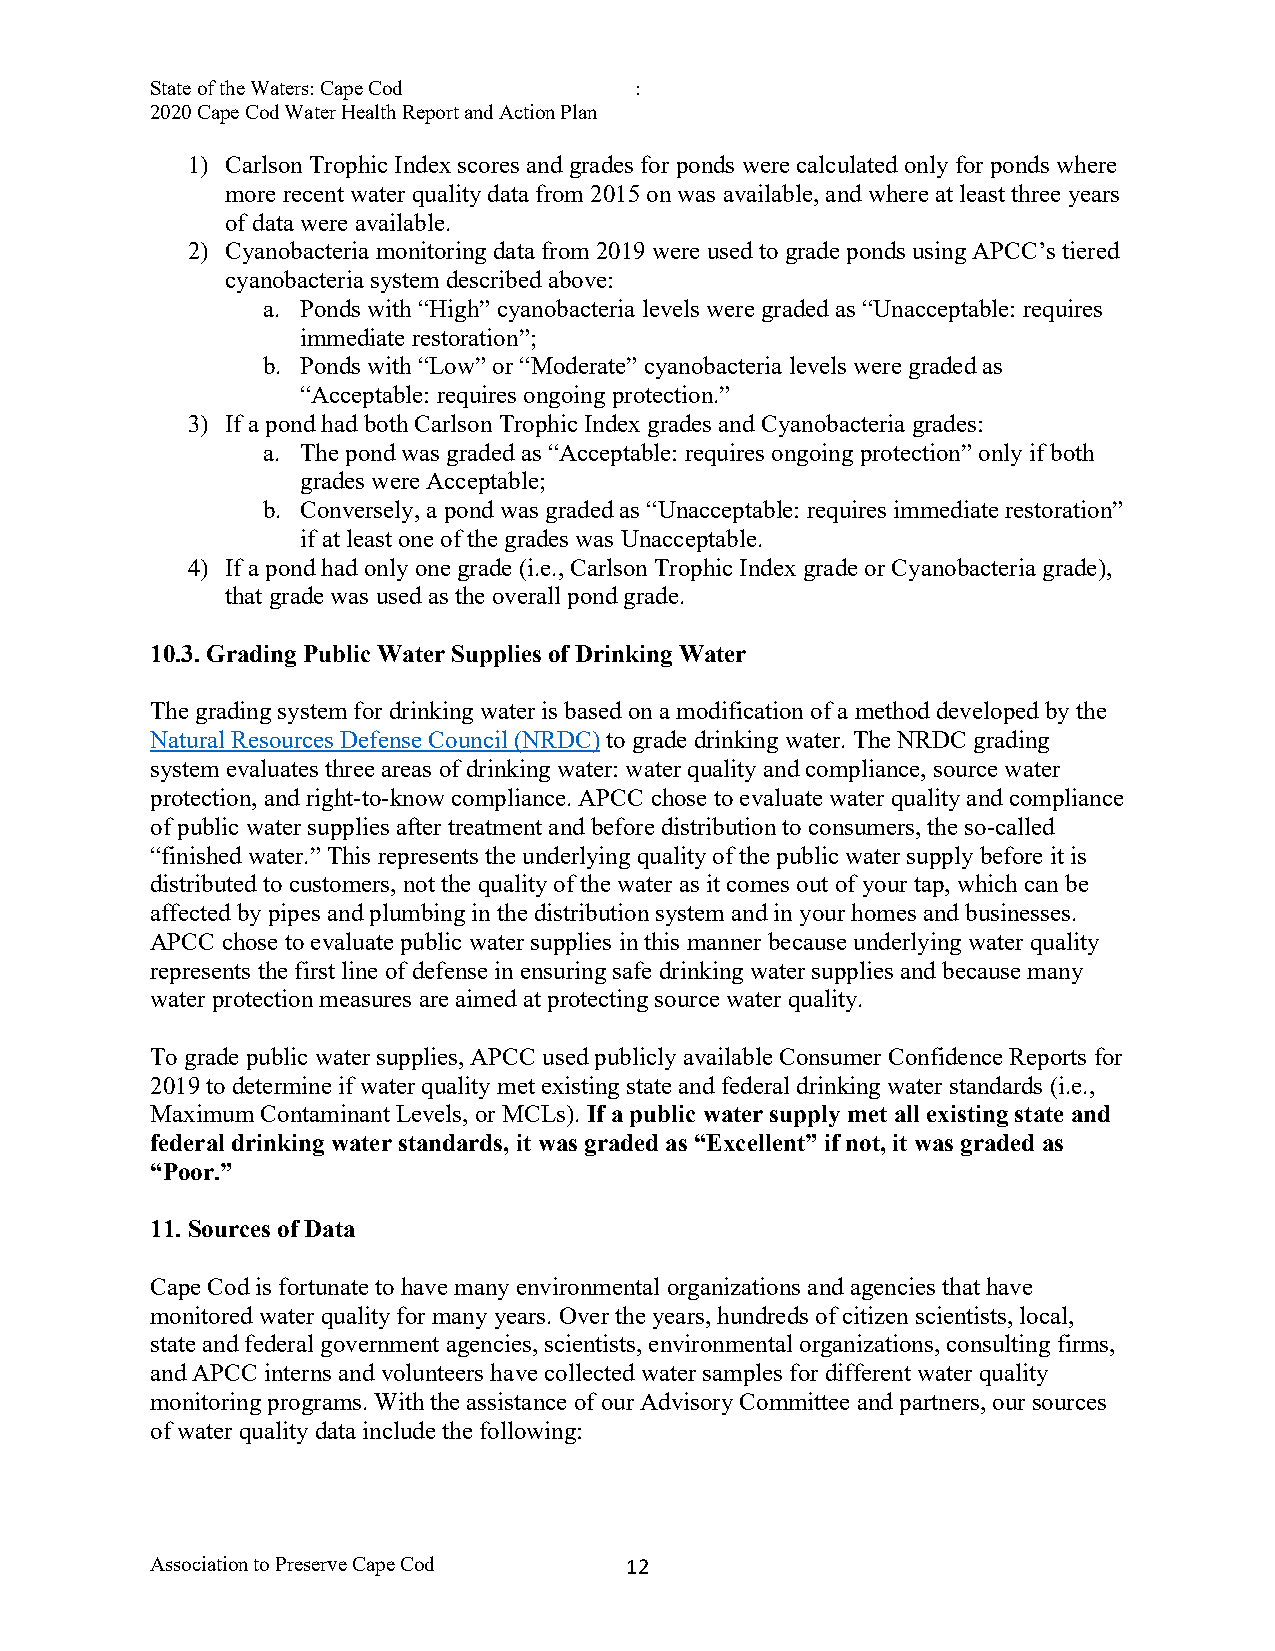
State of the Waters: Cape Cod   :
 2020 Cape Cod Water Health Report and Action Plan
 1) Carlson Trophic Index scores and grades for ponds were calculated only for ponds where
 more recent water quality data from 2015 on was available, and where at least three years
 of data were available.
 2) Cyanobacteria monitoring data from 2019 were used to grade ponds using APCC’s tiered
 cyanobacteria system described above:
 a. Ponds with “High” cyanobacteria levels were graded as “Unacceptable: requires
 immediate restoration”;
 b. Ponds with “Low” or “Moderate” cyanobacteria levels were graded as
 “Acceptable: requires ongoing protection.”
 3) If a pond had both Carlson Trophic Index grades and Cyanobacteria grades:
 a. The pond was graded as “Acceptable: requires ongoing protection” only if both
 grades were Acceptable;
 b. Conversely, a pond was graded as “Unacceptable: requires immediate restoration”
 if at least one of the grades was Unacceptable.
 4) If a pond had only one grade (i.e., Carlson Trophic Index grade or Cyanobacteria grade),
 that grade was used as the overall pond grade.
 10.3. Grading Public Water Supplies of Drinking Water
 The grading system for drinking water is based on a modification of a method developed by the
 Natural Resources Defense Council (NRDC) to grade drinking water. The NRDC grading
 system evaluates three areas of drinking water: water quality and compliance, source water
 protection, and right-to-know compliance. APCC chose to evaluate water quality and compliance
 of public water supplies after treatment and before distribution to consumers, the so-called
 “finished water.” This represents the underlying quality of the public water supply before it is
 distributed to customers, not the quality of the water as it comes out of your tap, which can be
 affected by pipes and plumbing in the distribution system and in your homes and businesses.
 APCC chose to evaluate public water supplies in this manner because underlying water quality
 represents the first line of defense in ensuring safe drinking water supplies and because many
 water protection measures are aimed at protecting source water quality.
 To grade public water supplies, APCC used publicly available Consumer Confidence Reports for
 2019 to determine if water quality met existing state and federal drinking water standards (i.e.,
 Maximum Contaminant Levels, or MCLs). If a public water supply met all existing state and
 federal drinking water standards, it was graded as “Excellent” if not, it was graded as
 “Poor.”
 11. Sources of Data
 Cape Cod is fortunate to have many environmental organizations and agencies that have
 monitored water quality for many years. Over the years, hundreds of citizen scientists, local,
 state and federal government agencies, scientists, environmental organizations, consulting firms,
 and APCC interns and volunteers have collected water samples for different water quality
 monitoring programs. With the assistance of our Advisory Committee and partners, our sources
 of water quality data include the following:
 Association to Preserve Cape Cod 1 2